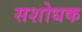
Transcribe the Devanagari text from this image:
सशोधक